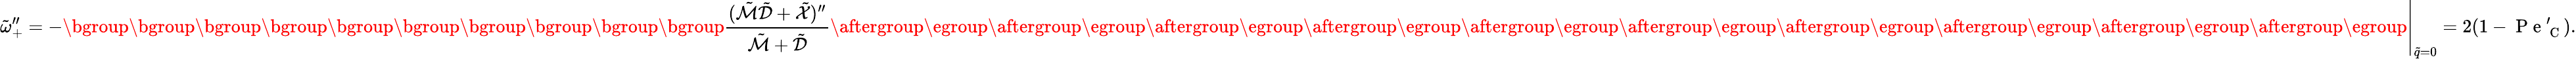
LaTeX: \tilde{\omega}_{+}^{\prime\prime}=-\mathopen{}\mathclose\bgroup\mathopen{}\mathclose\bgroup\mathopen{}\mathclose\bgroup\mathopen{}\mathclose\bgroup\mathopen{}\mathclose\bgroup\mathopen{}\mathclose\bgroup\mathopen{}\mathclose\bgroup\mathopen{}\mathclose\bgroup\mathopen{}\mathclose\bgroup\mathopen{}\mathclose\bgroup\left.\frac{(\tilde{\mathcal{M}}\tilde{\mathcal{D}}+\tilde{\mathcal{X}})^{\prime\prime}}{\tilde{\mathcal{M}}+\tilde{\mathcal{D}}}\aftergroup\egroup\aftergroup\egroup\aftergroup\egroup\aftergroup\egroup\aftergroup\egroup\aftergroup\egroup\aftergroup\egroup\aftergroup\egroup\aftergroup\egroup\aftergroup\egroup\right|_{\tilde{q}=0}=2(1-\mathrm{~P~e~}_{\mathrm{~C~}}^{\prime}).